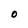
Character: O